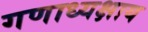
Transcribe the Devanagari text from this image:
गणाध्यक्षाय